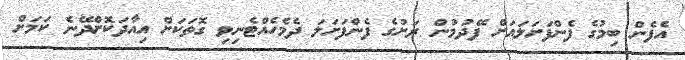
އެފެން ބިމުގެ ފެންފަށަލައަށް ފޭދުމުން ރަށުގެ ފެންފަށަލަ ދެމެހެއްޓެނިވި ގޮތަކަށް އިއާދަކޮށްދޭނެ ކަމަށް